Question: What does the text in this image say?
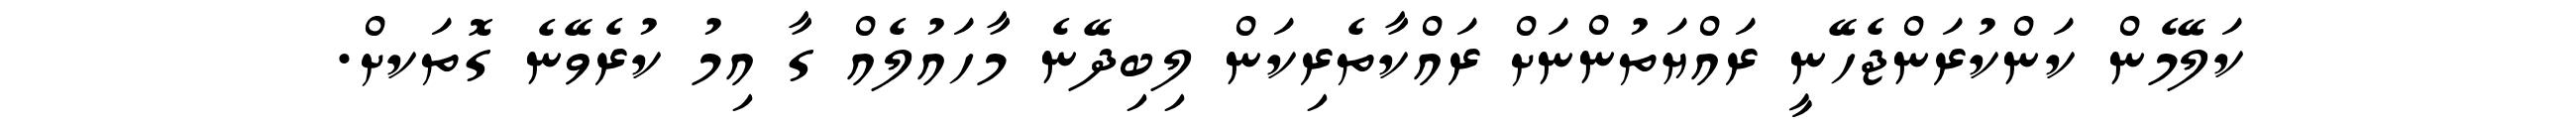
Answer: ކަލޭމެން ކަންކުރަންޖެހޭނީ ރައްޔަތުންނަށް ރައްކާތެރިކަން ލިބިދޭނެ މާހައުލެއް ގާ އިމު ކުރެވޭނެ ގޮތަކށް.